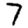
Digit: 7